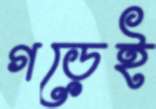
গড়েই